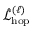
\hat { \mathcal { L } } _ { \mathrm { h o p } } ^ { ( \ell ) }